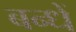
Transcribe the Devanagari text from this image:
बन्धें